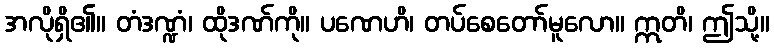
အလိုရှိ၏။ တံဒဏ္ဍံ၊ ထိုဒဏ်ကို။ ပဏေဟိ၊ တပ်စေတော်မူလော။ ဣတိ၊ ဤသို့။